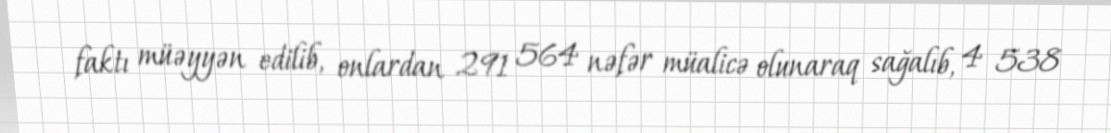
faktı müəyyən edilib, onlardan 291 564 nəfər müalicə olunaraq sağalıb, 4 538